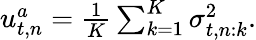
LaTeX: \begin{array}{r}{u_{t,n}^{a}=\frac{1}{K}\sum_{k=1}^{K}\sigma_{t,n:k}^{2}.}\end{array}